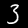
Digit: 3